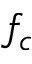
f _ { c }